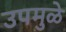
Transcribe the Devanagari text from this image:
उपमुळे